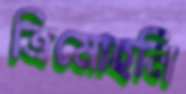
ত্রিমোহনি